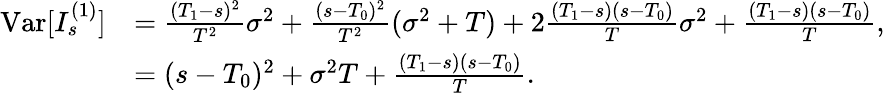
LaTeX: \begin{array}{rl}{\mathrm{Var}[I_{s}^{(1)}]}&{=\frac{(T_{1}-s)^{2}}{T^{2}}\sigma^{2}+\frac{(s-T_{0})^{2}}{T^{2}}(\sigma^{2}+T)+2\frac{(T_{1}-s)(s-T_{0})}{T}\sigma^{2}+\frac{(T_{1}-s)(s-T_{0})}{T},}\\ &{=(s-T_{0})^{2}+\sigma^{2}T+\frac{(T_{1}-s)(s-T_{0})}{T}.}\end{array}